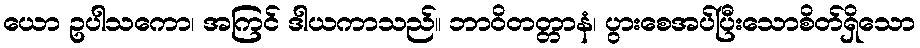
ယော ဥပါသကော၊ အကြင် ဒါယကာသည်။ ဘာဝိတတ္တာနံ၊ ပွားစေအပ်ပြီးသောစိတ်ရှိသော